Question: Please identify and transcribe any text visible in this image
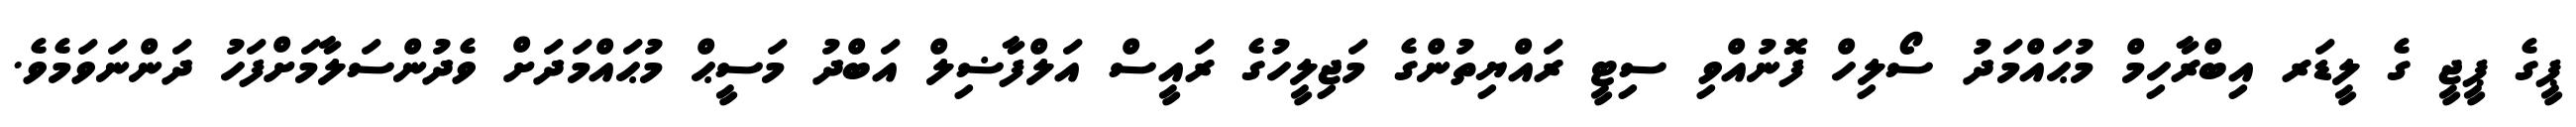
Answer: ޕީގެ ޕީޖީ ގެ ލީޑަރ އިބްރާހިމް މުޙައްމަދު ސޯލިހް ފޮނުއްވި ސިޓީ ރައްޔިތުންގެ މަޖިލީހުގެ ރައީސް އަލްފާޟިލް އަބްދު މަސީޙް މުޙައްމަދަށް ވެދުންސަލާމަށްފަހު ދަންނަވަމެވެ.